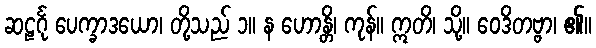
ဆဠင်္ဂု ပေက္ခာဒယော၊ တို့သည် ၁။ န ဟောန္တိ၊ ကုန်။ ဣတိ၊ သို့။ ဝေဒိတဗ္ဗာ၊ ၏။